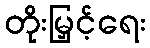
တိုးမြှင့်ရေး